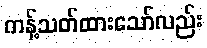
ကန့်သတ်ထားသော်လည်း